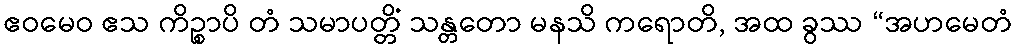
ဧဝမေဝ ဧသ ကိဉ္စာပိ တံ သမာပတ္တိံ သန္တတော မနသိ ကရောတိ, အထ ခွဿ “အဟမေတံ